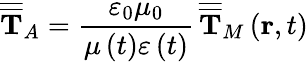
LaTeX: \overline{{\overline{{\mathbf{T}}}}}_{A}=\frac{\varepsilon_{0}\mu_{0}}{\mu\left(t\right)\varepsilon\left(t\right)}\, \overline{{\overline{{\mathbf{T}}}}}_{M}\left(\mathbf{r},t\right)